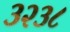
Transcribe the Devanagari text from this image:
३२३८